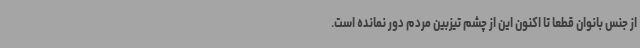
از جنس بانوان قطعاً تا اکنون این از چشم تیزبین مردم دور نمانده است.